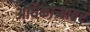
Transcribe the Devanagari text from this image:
अधिकार्‍यावर